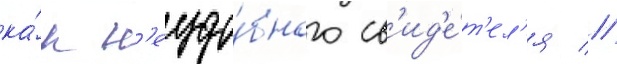
ка́к н'еудо́бного св'ид'е́т'ел'я //